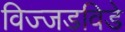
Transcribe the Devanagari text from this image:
विज्जडविडे